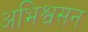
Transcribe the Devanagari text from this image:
अभिश्वसन